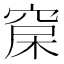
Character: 𥦃